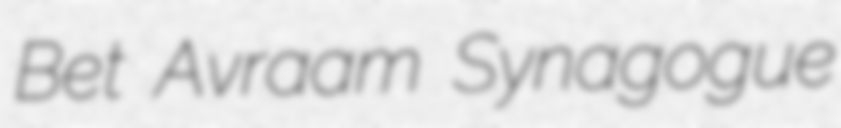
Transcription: Bet Avraam Synagogue